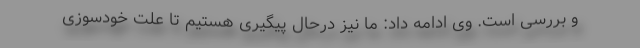
و بررسی است. وی ادامه داد: ما نیز درحال پیگیری هستیم تا علت خودسوزی